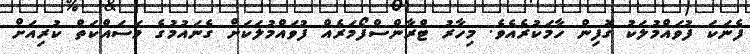
ފެނަކަ ފުވައްމުލަކު ގޮފިން ހާމަކުރެއެވެ. މިހާރު ޓްރާންސްފޯމަރެއް ފުވައްމުލަކަށް ގެނައުމުގެ މަސައްކަތް ކުރިއަށް